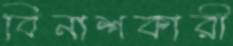
বিনাশকারী